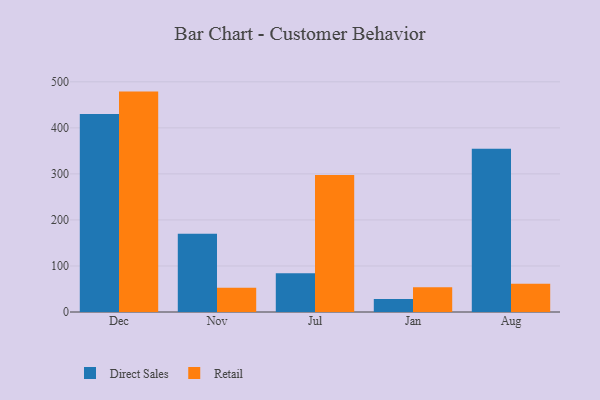
{"axis": {"x": "Month", "y": "LTV (USD)"}, "legend": ["Direct Sales", "Retail"], "data": [{"x": "Dec", "y": 430.1, "type": "Direct Sales"}, {"x": "Dec", "y": 478.7, "type": "Retail"}, {"x": "Nov", "y": 169.8, "type": "Direct Sales"}, {"x": "Nov", "y": 52.4, "type": "Retail"}, {"x": "Jul", "y": 84.3, "type": "Direct Sales"}, {"x": "Jul", "y": 297.5, "type": "Retail"}, {"x": "Jan", "y": 28.0, "type": "Direct Sales"}, {"x": "Jan", "y": 53.9, "type": "Retail"}, {"x": "Aug", "y": 354.7, "type": "Direct Sales"}, {"x": "Aug", "y": 61.1, "type": "Retail"}]}